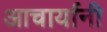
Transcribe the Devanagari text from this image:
आचार्यानी